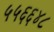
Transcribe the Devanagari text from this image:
५५६६४८